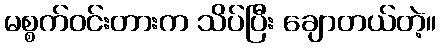
မစ္စက်ဝင်းတားက သိပ်ပြီး ချောတယ်တဲ့။